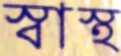
স্বাস্থ